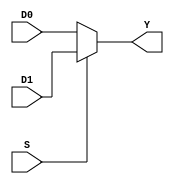
///////////////////////////////////////////////////////////////////////////////
//Jose Luis Alvarez Pineda
//19392
//Electronica digital
// Muxes para el laboratorio 5
///////////////////////////////////////////////////////////////////////////////

//MUXES de uso general
//MUX 2:1 de uso general para la practica
module Mux2(
  output wire Y,
  input wire D0,D1,S);

  assign  Y = S ? D1:D0; //Si S=1 Y toma el valor de D1 Y si S=0 Y toma el valor de D0

endmodule

//MUX 4:1 de uso general para la practica
module Mux4(
  output wire Y,
  input wire D0,D1,D2,D3,S0,S1);

  wire lin0, lin1; //variables locales

  Mux2 selec0 (lin0, D0, D1, S0);
  Mux2 selec1 (lin1, D2, D3, S0);
  Mux2 selec2 (Y, lin0, lin1, S1);

endmodule

//MUX 8:1 de uso general para la practica
module Mux8(
  output wire Y,
  input wire D0,D1,D2,D3,D4,D5,D6,D7,S0,S1,S2);

  wire lin0, lin1; //variables locales

  Mux4 selec0(lin0,D0,D1,D2,D3,S0,S1);
  Mux4 selec1(lin1,D4,D5,D6,D7,S0,S1);
  Mux2 selec2(Y,lin0,lin1,S2);

endmodule

////////////////////////////////////////////////////////////////////////////////
//MUXES para el uso en las tablas

//MUX 2:1 exclusivo a la tabla01 del lab5
module MUX2T1(
  output wire Y,
  input wire A,B,C);

  wire y1,y2; //variables locales

  assign y1 = B ^ C; //xor
  assign y2 = B ~^ C;//xnor

  Mux2 select0 (Y, y1, y2, A);

endmodule

//MUX 4:1 exclusivo de la tabla01 del lab5
module MUX4T1(
  output wire Y,
  input wire A,B,C);

  Mux4 selec4t1(Y, C, ~C, ~C, C, B, A);

endmodule

//MUX 8:1 exclusivo de la tabla01 del lab5
module MUX8T1(
  output wire Y,
  input wire A,B,C);

  wire DG, DV;
  assign DG = 0;
  assign DV = 1;

  Mux8 select8t1(Y,DG,DV,DV,DG,DV,DG,DG,DV,C,B,A);

endmodule

//MUX 2:1 exclusivo de la tabla 02 del lab5
module MUX2T2(
  output wire Y,
  input wire A,B,C);

  wire y1,y2; //variables locales
  assign y1 = B ~| C;
  assign y2 = B ^ C;

  Mux2 select2t2 (Y,y1,y2,A);

endmodule

//MUX 4:1 exclusivo de la tabla 02 del lab05
module MUX4T2(
  output wire Y,
  input wire A,B,C);

  wire GG = 0;
  Mux4 select4t2 (Y, ~C, GG, C, ~C, B, A);

endmodule

// MUX 8:1 exclusivo de la tabla 02 del lab05
module MUX8T2(
  output wire Y,
  input wire A,B,C);

  wire DG, DV;
  assign DG = 0;
  assign DV = 1;

  Mux8 select8t2 (Y,DV,DG,DG,DG,DG,DV,DV,DG,C,B,A);

endmodule